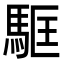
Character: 𩢼